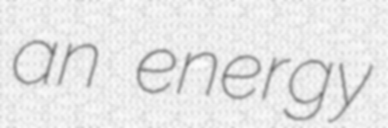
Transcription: an energy